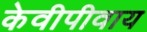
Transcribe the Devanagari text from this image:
केवीपीवाय